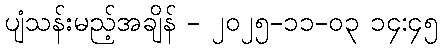
ပျံသန်းမည့်အချိန် - ၂၀၂၅-၁၁-၀၃ ၁၄:၄၅